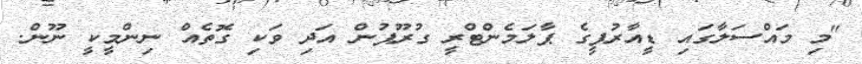
"މި މައްސަލާގައި ޑީއާރުޕީގެ ޕާލަމެންޓްރީ ގުރޫޕުން އަދި ވަކި ގޮތެއް ނިންމީކީ ނޫން.